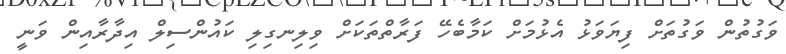
ވަގުތުން ވަގުތަށް ފިޔަވަޅު އެޅުމަށް ކަމާބެހޭ ފަރާތްތަކަށް ވިލިނގިލި ކައުންސިލް އިދާރާއިން ވަނީ